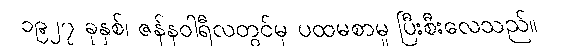
၁၉၂၇ ခုနှစ်၊ ဇန်နဝါရီလတွင်မှ ပထမစာမူ ပြီးစီးလေသည်။